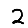
Digit: 2